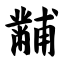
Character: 黼